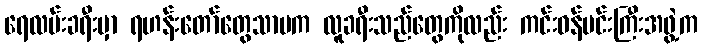
ရေလမ်းခရီးမှာ ရဟန်းတော်တွေသာမက လူခရီးသည်တွေကိုလည်း ကင်းဝန်မင်းကြီးအဖွဲ့က